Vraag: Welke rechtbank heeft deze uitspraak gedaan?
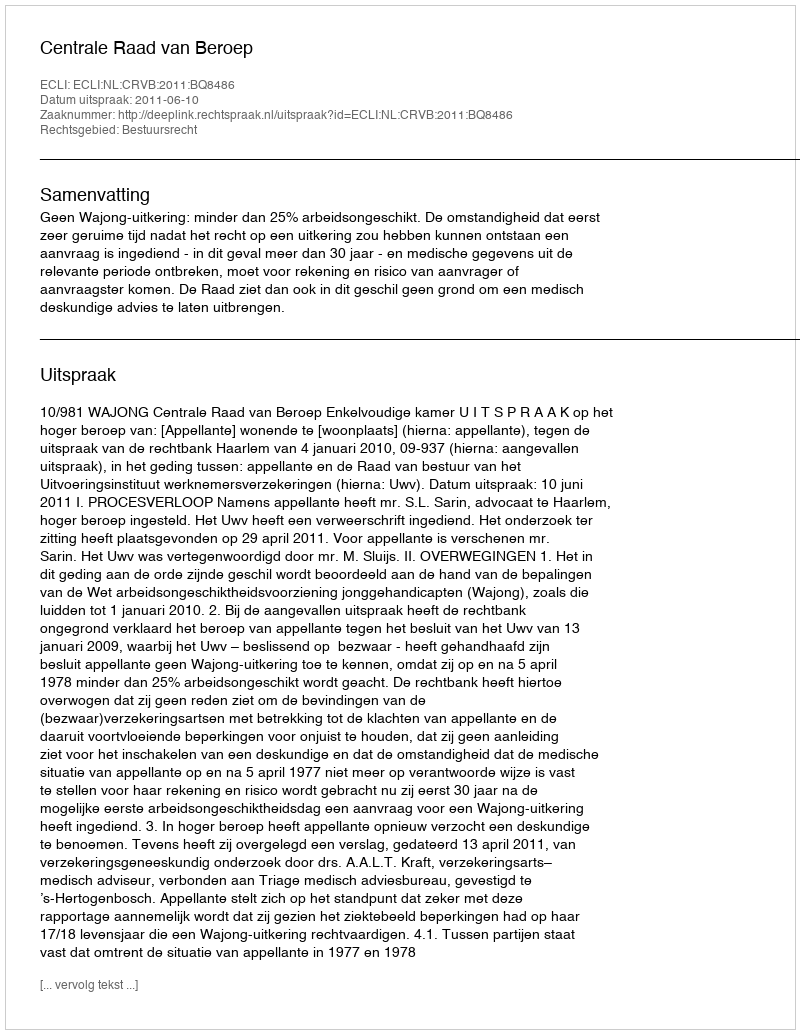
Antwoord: Centrale Raad van Beroep